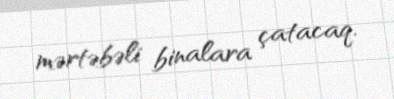
mərtəbəli binalara çatacaq.